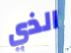
الذي